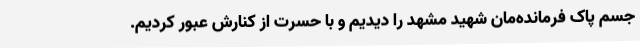
جسم پاک فرمانده‌مان شهید مشهد را دیدیم و با حسرت از کنارش عبور کردیم.